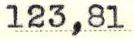
123,81